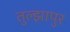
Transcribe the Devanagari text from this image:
तुल्झापुर